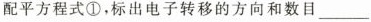
配平方程式①，标出电子转移的方向和数目___